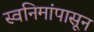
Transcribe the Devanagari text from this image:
स्वनिमांपासून